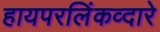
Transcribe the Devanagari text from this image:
हायपरलिंकव्दारे